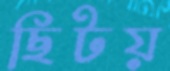
ছিটয়